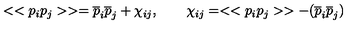
< < p _ { i } p _ { j } > > = { \overline { p } } _ { i } { \overline { p } } _ { j } + \chi _ { i j } , \qquad \chi _ { i j } = < < p _ { i } p _ { j } > > - ( { \overline { p } } _ { i } { \overline { p } } _ { j } )